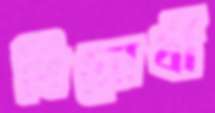
বিরোধী